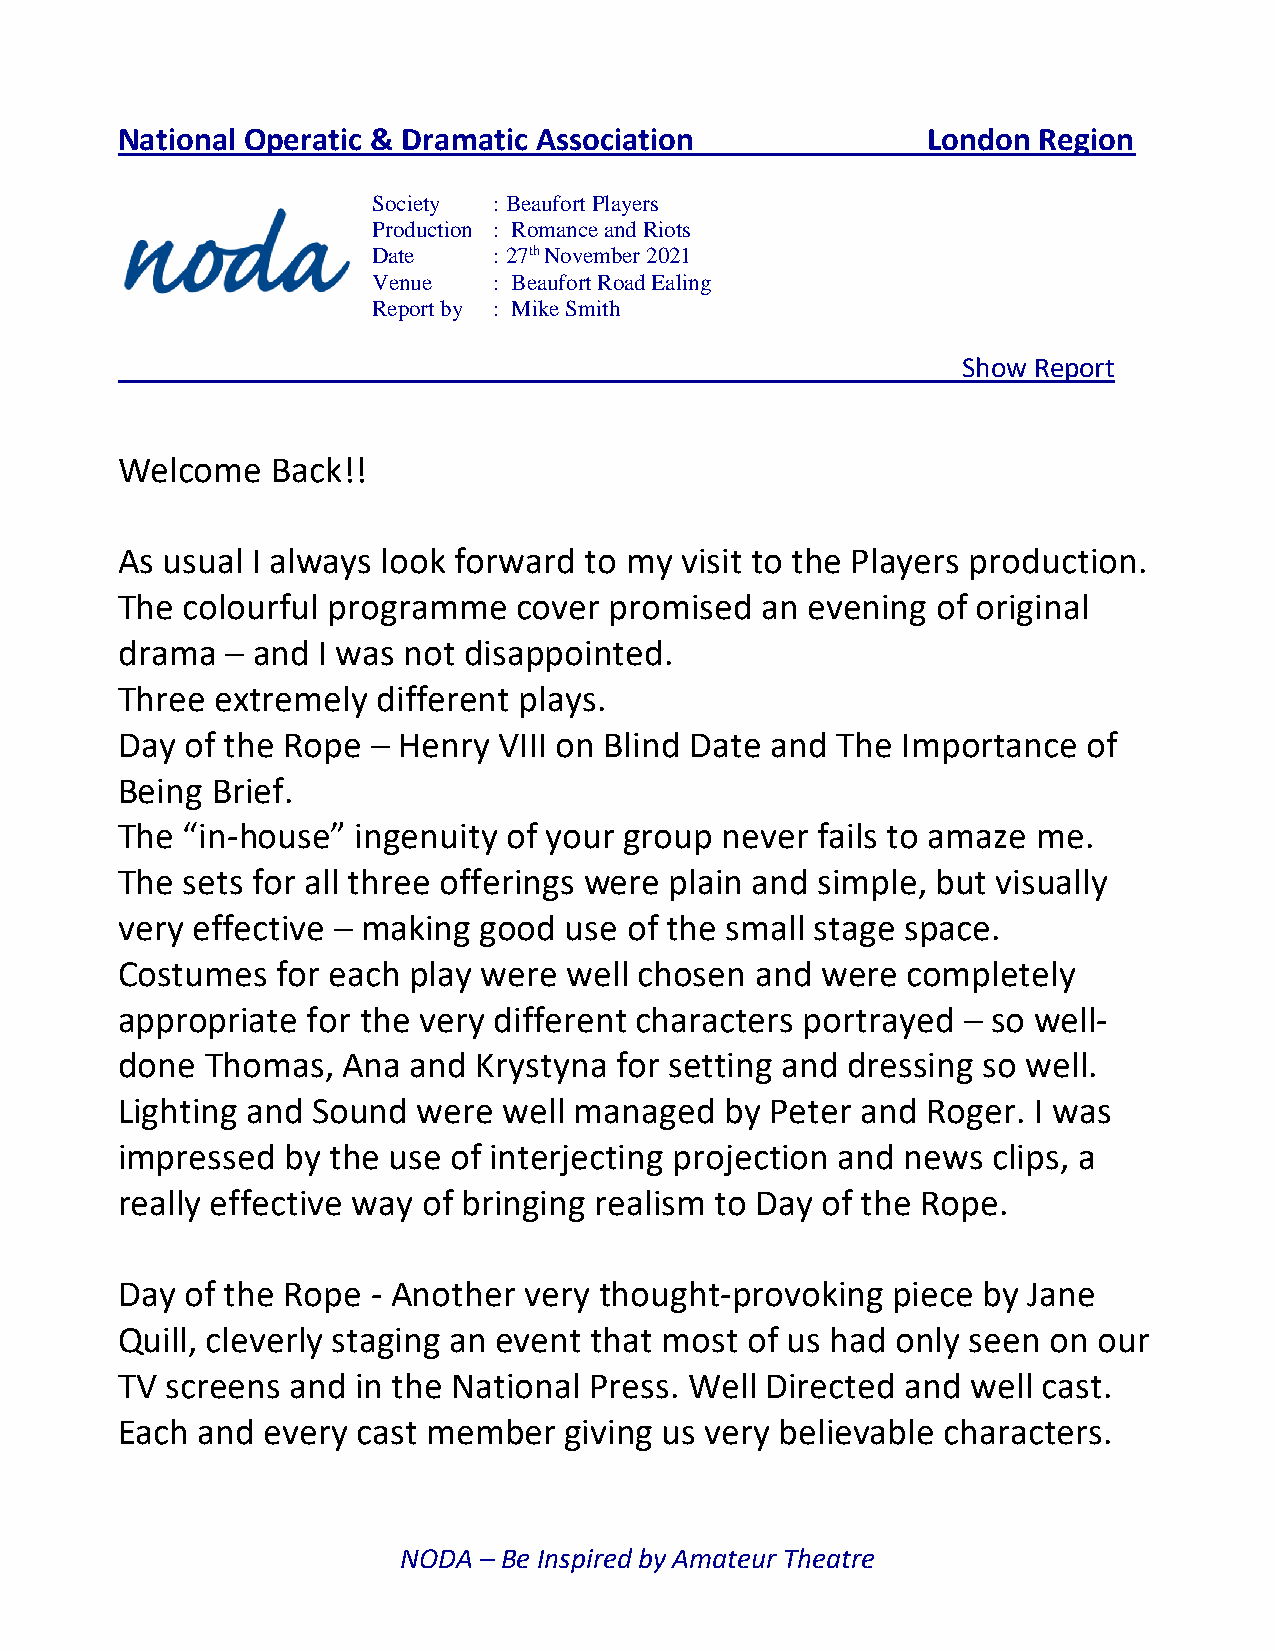
National Operatic & Dramatic Association             London  Region
 Society : Beaufort Players
 Production : Romance and Riots
 Date    : 27th November 2021
 Venue   : Beaufort Road Ealing
 Report by : Mike Smith
 Show Report
 Welcome   Back!!
 As usual I always look forward to my visit to the Players production.
 The colourful programme   cover promised  an evening  of original
 drama  – and I was not disappointed.
 Three extremely  different plays.
 Day of the Rope  – Henry VIII on Blind Date and The Importance  of
 Being Brief.
 The “in-house”  ingenuity of your group never fails to amaze me.
 The sets for all three offerings were plain and simple, but visually
 very effective – making good use  of the small stage space.
 Costumes  for each play were  well chosen and were  completely
 appropriate for the very different characters portrayed – so well-
 done  Thomas,  Ana and  Krystyna for setting and dressing so well.
 Lighting and Sound  were well managed   by Peter and Roger. I was
 impressed  by the use of interjecting projection and news clips, a
 really effective way of bringing realism to Day of the Rope.
 Day of the Rope  - Another very thought-provoking  piece by Jane
 Quill, cleverly staging an event that most of us had only seen on our
 TV screens and  in the National Press. Well Directed and well cast.
 Each and every  cast member  giving us very believable characters.
 NODA  – Be Inspired by Amateur Theatre